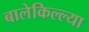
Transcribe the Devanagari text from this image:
बालेकिल्ल्या